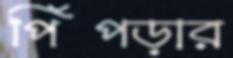
পিঁপড়ার